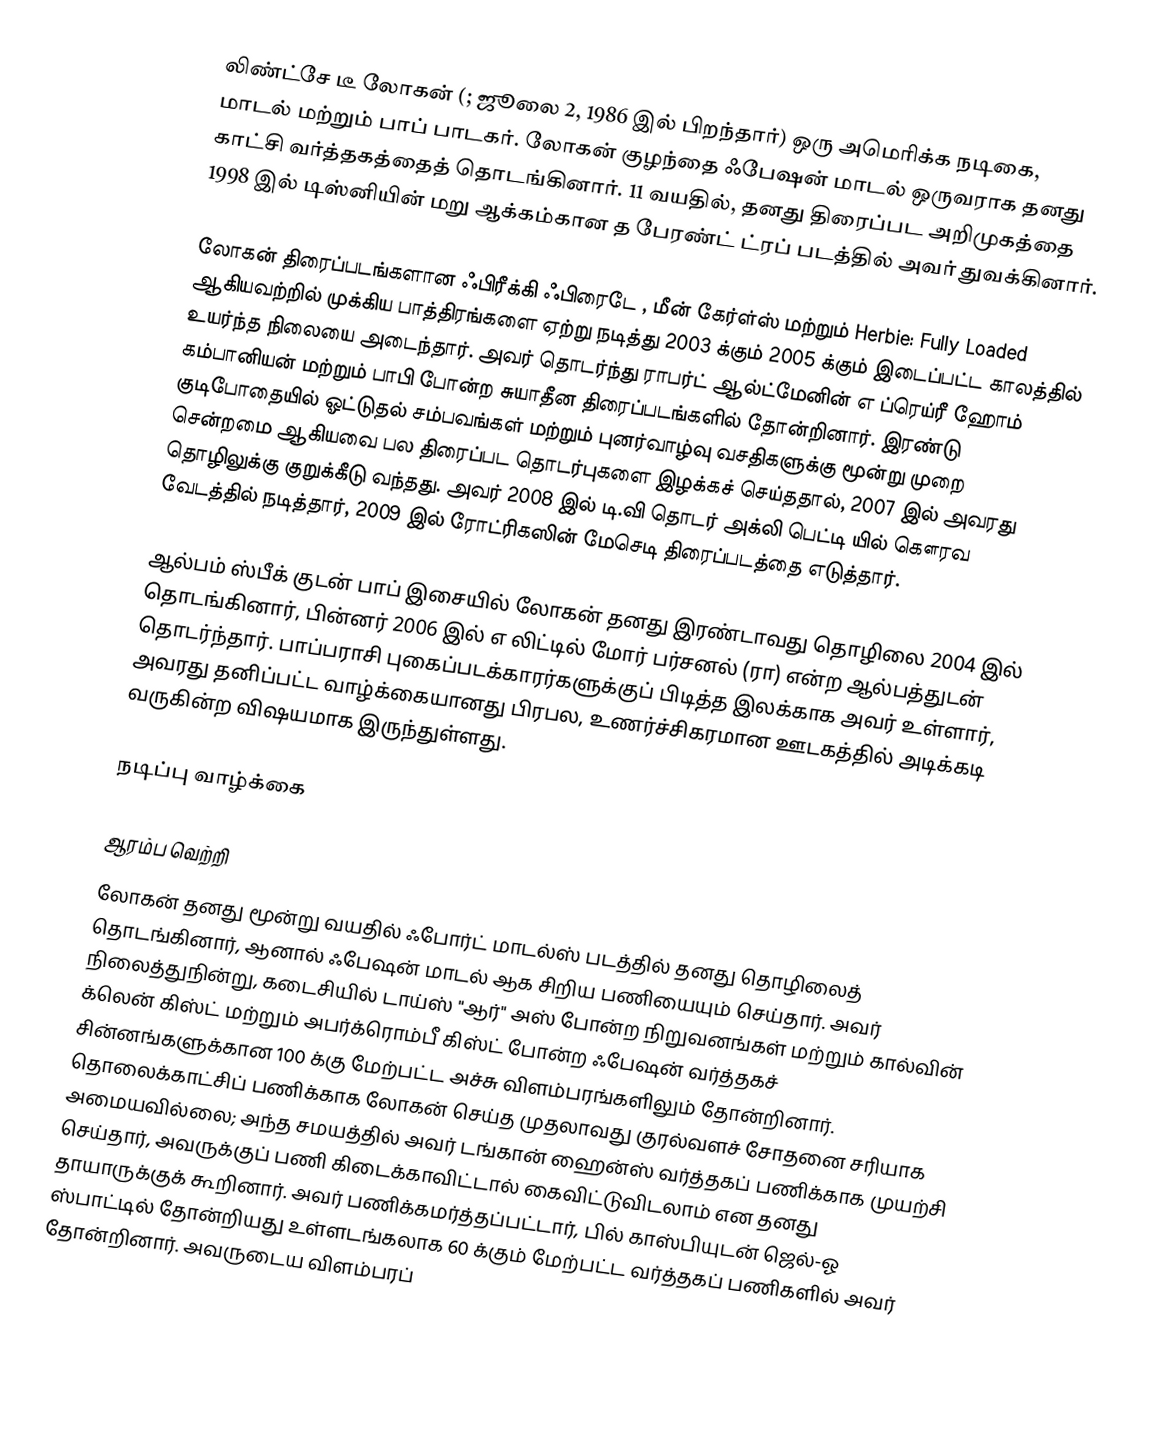
லிண்ட்சே டீ லோகன் (; ஜூலை 2, 1986 இல் பிறந்தார்) ஒரு அமெரிக்க நடிகை, மாடல் மற்றும் பாப் பாடகர். லோகன் குழந்தை ஃபேஷன் மாடல் ஒருவராக தனது காட்சி வர்த்தகத்தைத் தொடங்கினார். 11 வயதில், தனது திரைப்பட அறிமுகத்தை 1998 இல் டிஸ்னியின் மறு ஆக்கம்கான த பேரண்ட் ட்ரப் படத்தில் அவர் துவக்கினார்.

லோகன் திரைப்படங்களான ஃபிரீக்கி ஃபிரைடே , மீன் கேர்ள்ஸ் மற்றும் Herbie: Fully Loaded ஆகியவற்றில் முக்கிய பாத்திரங்களை ஏற்று நடித்து 2003 க்கும் 2005 க்கும் இடைப்பட்ட காலத்தில் உயர்ந்த நிலையை அடைந்தார். அவர் தொடர்ந்து ராபர்ட் ஆல்ட்மேனின் எ ப்ரெய்ரீ ஹோம் கம்பானியன் மற்றும் பாபி போன்ற சுயாதீன திரைப்படங்களில் தோன்றினார். இரண்டு குடிபோதையில் ஓட்டுதல் சம்பவங்கள் மற்றும் புனர்வாழ்வு வசதிகளுக்கு மூன்று முறை சென்றமை ஆகியவை பல திரைப்பட தொடர்புகளை இழக்கச் செய்ததால், 2007 இல் அவரது தொழிலுக்கு குறுக்கீடு வந்தது. அவர் 2008 இல் டி.வி தொடர் அக்லி பெட்டி யில் கௌரவ வேடத்தில் நடித்தார், 2009 இல் ரோட்ரிகஸின் மேசெடி திரைப்படத்தை எடுத்தார்.

ஆல்பம் ஸ்பீக் குடன் பாப் இசையில் லோகன் தனது இரண்டாவது தொழிலை 2004 இல் தொடங்கினார், பின்னர் 2006 இல் எ லிட்டில் மோர் பர்சனல் (ரா) என்ற ஆல்பத்துடன் தொடர்ந்தார். பாப்பராசி புகைப்படக்காரர்களுக்குப் பிடித்த இலக்காக அவர் உள்ளார், அவரது தனிப்பட்ட வாழ்க்கையானது பிரபல, உணர்ச்சிகரமான ஊடகத்தில் அடிக்கடி வருகின்ற விஷயமாக இருந்துள்ளது.

நடிப்பு வாழ்க்கை

ஆரம்ப வெற்றி
லோகன் தனது மூன்று வயதில் ஃபோர்ட் மாடல்ஸ் படத்தில் தனது தொழிலைத் தொடங்கினார், ஆனால் ஃபேஷன் மாடல் ஆக சிறிய பணியையும் செய்தார். அவர் நிலைத்துநின்று, கடைசியில் டாய்ஸ் "ஆர்" அஸ் போன்ற நிறுவனங்கள் மற்றும் கால்வின் க்லென் கிஸ்ட் மற்றும் அபர்க்ரொம்பீ கிஸ்ட் போன்ற ஃபேஷன் வர்த்தகச் சின்னங்களுக்கான 100 க்கு மேற்பட்ட அச்சு விளம்பரங்களிலும் தோன்றினார். தொலைக்காட்சிப் பணிக்காக லோகன் செய்த முதலாவது குரல்வளச் சோதனை சரியாக அமையவில்லை; அந்த சமயத்தில் அவர் டங்கான் ஹைன்ஸ் வர்த்தகப் பணிக்காக முயற்சி செய்தார், அவருக்குப் பணி கிடைக்காவிட்டால் கைவிட்டுவிடலாம் என தனது தாயாருக்குக் கூறினார். அவர் பணிக்கமர்த்தப்பட்டார், பில் காஸ்பியுடன் ஜெல்-ஓ ஸ்பாட்டில் தோன்றியது உள்ளடங்கலாக 60 க்கும் மேற்பட்ட வர்த்தகப் பணிகளில் அவர் தோன்றினார். அவருடைய விளம்பரப்